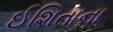
ઈશિતાના